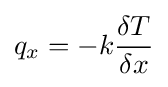
q_{x}=-k{\frac {\delta T}{\delta x}}